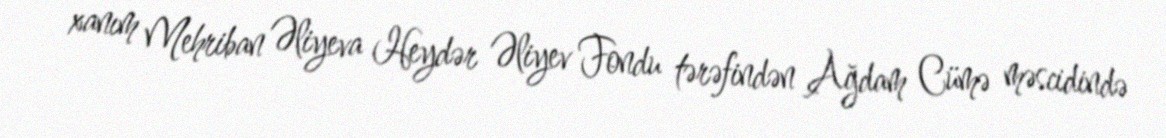
xanım Mehriban Əliyeva Heydər Əliyev Fondu tərəfindən Ağdam Cümə məscidində